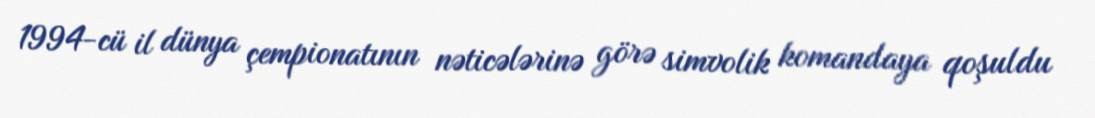
1994-cü il dünya çempionatının nəticələrinə görə simvolik komandaya qoşuldu